King Institute of Preventive Medicine Micro-Biological Section reports 1909-11
Year: 1909
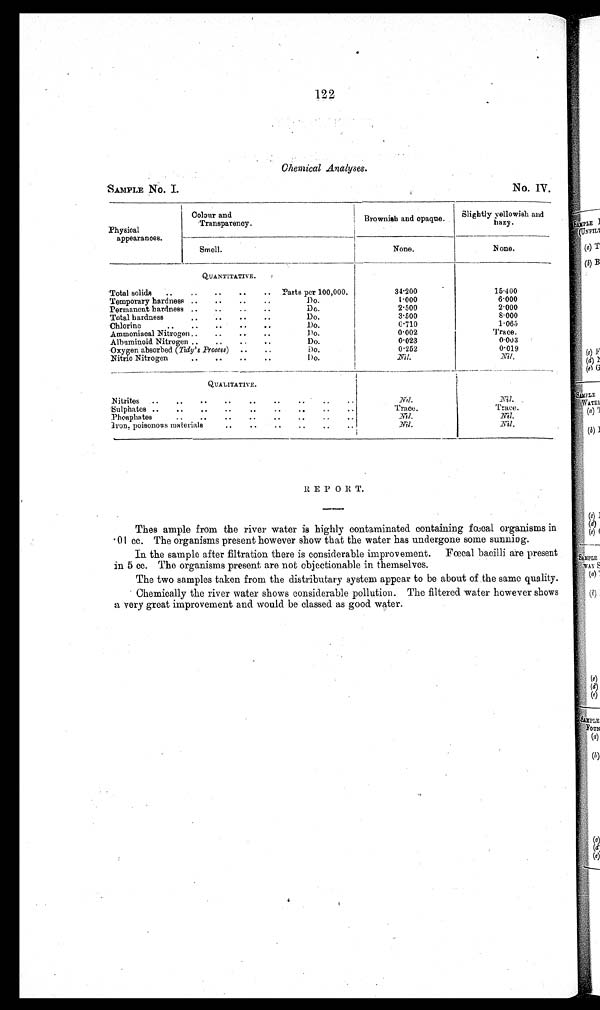
SAMPLE No. I.
N o. IV.
122
Chemical Analyses.
Physical
a pp e arances.
Colour and
Transparency.
Brownish and opaque.
Slightly yellowish and
hazy.
Smell.
None.
None.
QUANTITATIVE.
'Total solids
..
..
..
..
.. Parts per 100,000.
34.200
15.400
Temporary hardness ..
..
..
..
Do.
1.000
6.000
Permanent hardness ..
..
..
Do.
2.500
2.000
Total hardness
..
..
..
..
Do.
3.500
8.000
Chlorine
..
..
..
..
..
D o .
0 . 7 1 0
1.065
Ammoniacal Nitrogen ..
..
..
..
D o .
0.002
Trace.
Albuminoid Nitrogen ..
..
..
..
Do.
0.023
0 . 0 0 3
Oxygen absorbed ( Tidy's Process) ..
..
D o . .
0.252
0.019
Nitric Nitrogen
..
..
..
..
Do.
Nil.
Nil.
QUALITATIVE.
Nitrites
..
..
..
..
..
..
..
..
Nil.
Nil.
Sulphates ..
..
..
..
..
..
..
..
..
Trace.
Trace.
Phosphates
..
..
..
..
..
..
..
..
N i l
.
Nil.
Iron, poisonous ma terials
..
• •
• •
. •
• •
• •
Nil.
Nil.
REPOR T.
Thes ample from the river water is highly contaminated containing fœcal organisms in
.01 cc. The organisms present however show that the water has undergone some sunning.
In the sample after filtration there is considerable improvement. Fœcal bacilli are present
in 5 cc. The organisms present are not objectionable in themselves.
The two samples taken from the distributary system appear to be about of the same quality.
Chemically the river water shows considerable pollution. The filtered water however shows
a very great improvement and would be classed as good water.